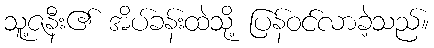
သူ့ဇနီး၏ အိပ်ခန်းထဲသို့ ပြန်ဝင်လာခဲ့သည်။